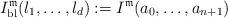
LaTeX: \begin{align*}I_{\mathrm{bl}}^{\mathfrak{m}}(l_{1},\ldots,l_{d}):=I^{\mathfrak{m}}(a_{0},\ldots,a_{n+1})\end{align*}